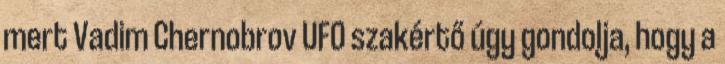
mert Vadim Chernobrov UFO szakértő úgy gondolja, hogy a